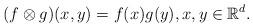
LaTeX: \begin{align*}(f\otimes g)(x,y)=f(x)g(y),x,y\in\mathbb{R}^d.\end{align*}